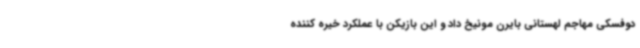
دوفسکی مهاجم لهستانی بایرن مونیخ داد و این بازیکن با عملکرد خیره کننده